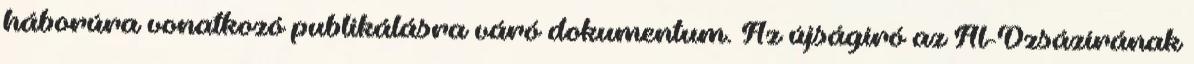
háborúra vonatkozó publikálásra váró dokumentum. Az újságíró az Ál-Dzsázírának